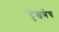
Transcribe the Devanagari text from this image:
दुखणेच